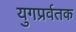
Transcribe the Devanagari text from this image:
युगप्रर्वतक